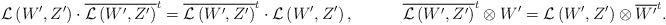
LaTeX: \begin{align*}\mathcal{L}\left(W',Z'\right)\cdot\overline{\mathcal{L}\left(W',Z'\right)}^{t}=\overline{\mathcal{L}\left(W',Z'\right)}^{t}\cdot\mathcal{L}\left(W',Z'\right),\quad\quad\quad\overline{\mathcal{L}\left(W',Z'\right)}^{t}\otimes W'= \mathcal{L}\left(W',Z'\right)\otimes \overline{W'}^{t}.\end{align*}